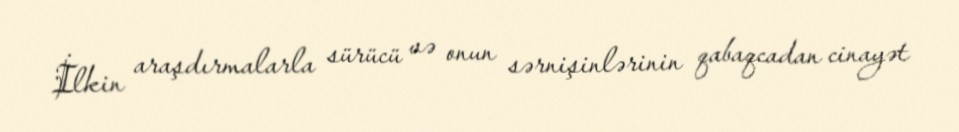
İlkin araşdırmalarla sürücü və onun sərnişinlərinin qabaqcadan cinayət